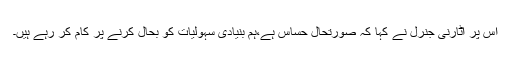
اس پر اٹارنی جنرل نے کہا کہ صورتحال حساس ہے،ہم بنیادی سہولیات کو بحال کرنے پر کام کر رہے ہیں۔